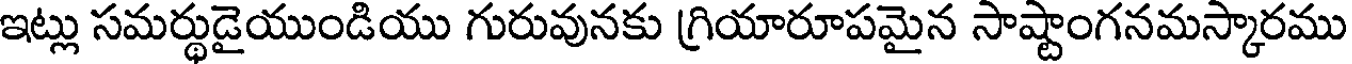
ఇట్లు సమర్థుడైయుండియు గురువునకు గ్రియారూపమైన సాష్టాంగనమస్కారము